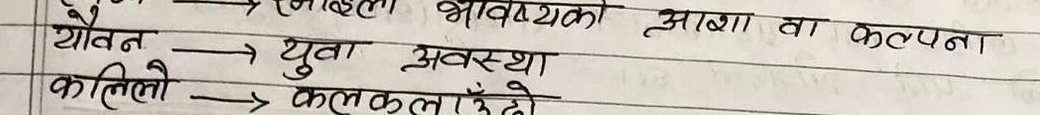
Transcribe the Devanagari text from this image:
ज़रूरत → निकालना आवश्यक आशा वा कल्पना
यौवन → युवा अवस्था
कचिलो → कलकलउँदो